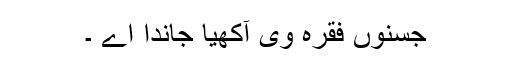
جسنوں فقرہ وی آکھیا جاندا اے ۔